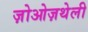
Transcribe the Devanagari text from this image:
ज़ोओज़थेली